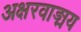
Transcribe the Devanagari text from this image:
अक्षरवाङ्मय